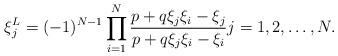
LaTeX: \begin{align*} \xi_j^L &= (-1)^{N-1}\prod_{i=1}^N \frac{p + q \xi_j \xi_i - \xi_j}{p + q \xi_j \xi_i - \xi_i} j=1, 2, \ldots, N.\end{align*}